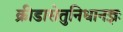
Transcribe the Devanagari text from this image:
क्रीडासेतुनिधानज्ञः